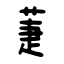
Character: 萐